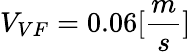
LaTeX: V_{VF}=0.06[\frac{m}{s}]